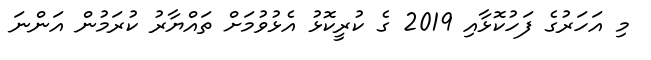
މި އަހަރުގެ ފަހުކޮޅާއި 2019 ގެ ކުރީކޮޅު އެޅުވުމަށް ތައްޔާރު ކުރަމުން އަންނަ